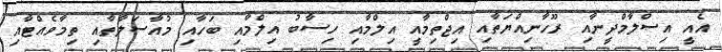
އެއީ އިސްލާމްދީނާއި ރޫހާނިއްޔަތާއި އިޖްތިމާއީ އިލްމާއި ހިސާބު އިލްމާއި ބަހާއި މުއާސަލާތާއި ތިމާވެއްޓާއި